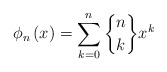
\begin{align*}\phi_{n}\left( x\right) =\sum_{k=0}^{n}\genfrac{\{}{\}}{0pt}{}{n}{k}x^{k}\end{align*}